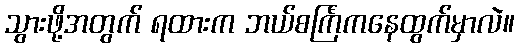
သွားဖို့အတွက် ရထားက ဘယ်စင်္ကြံကနေထွက်မှာလဲ။